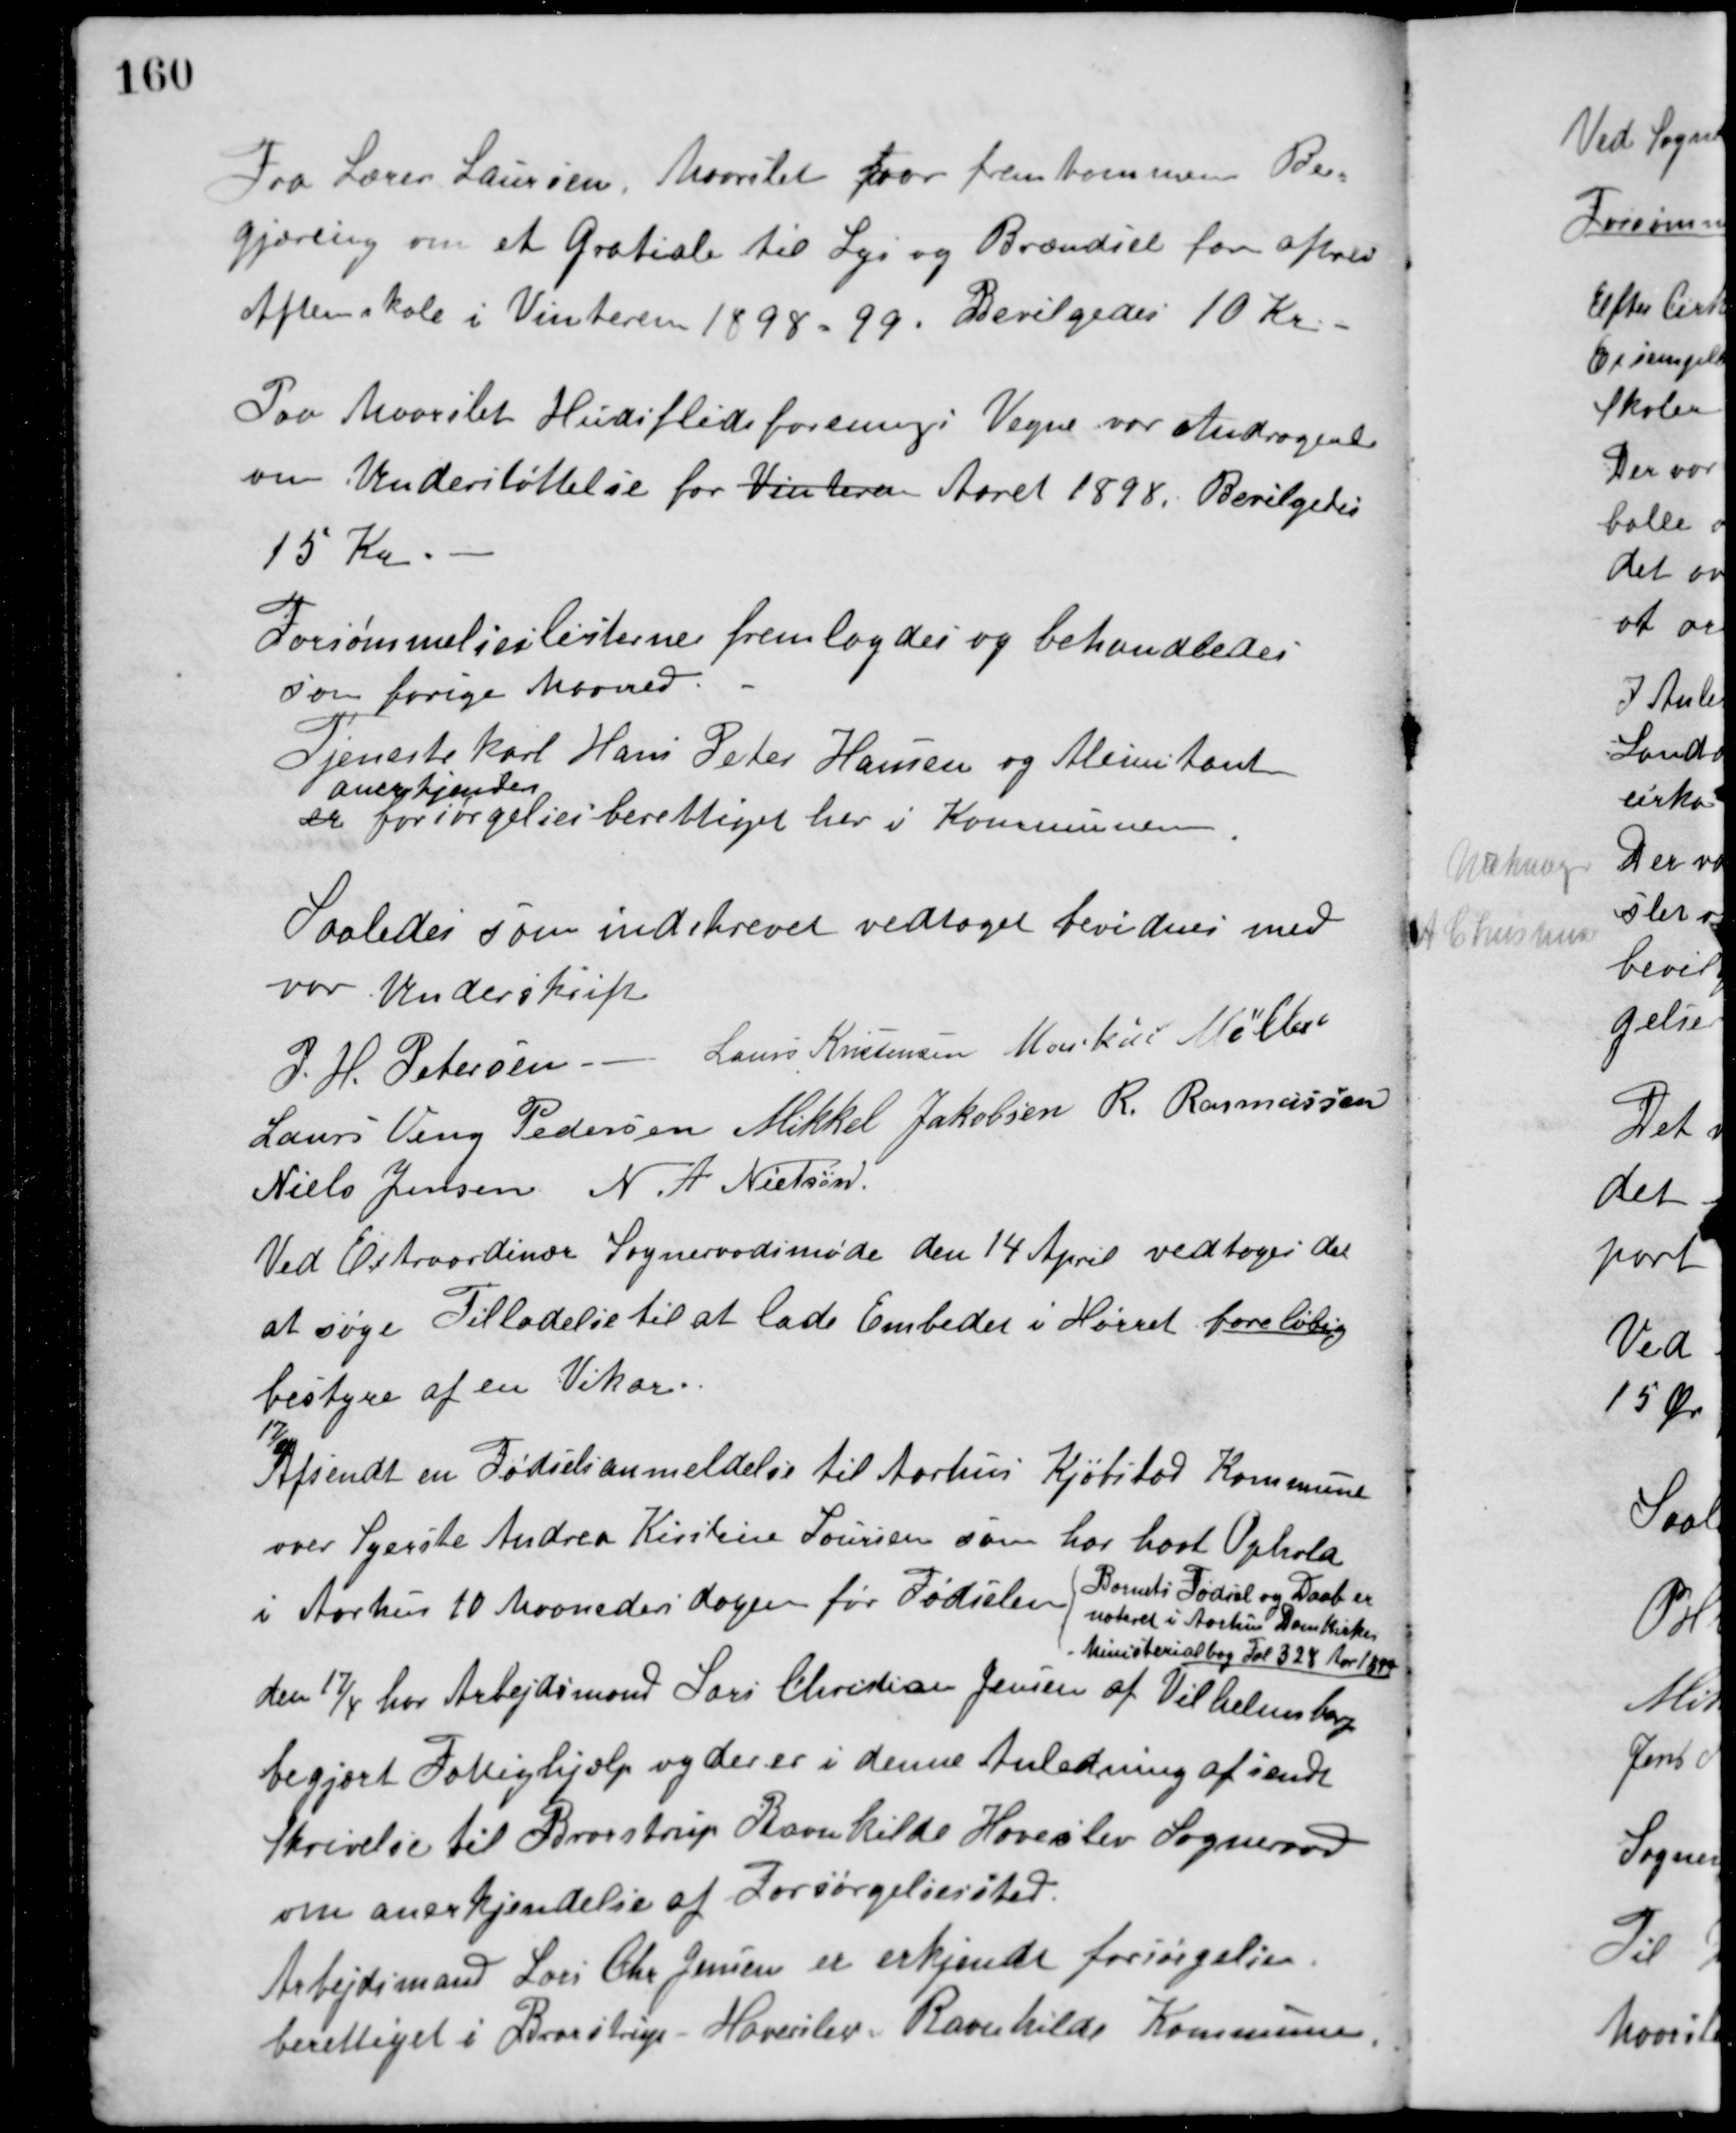
Transskription:
Fra Lærer Laursen, Maarslet var fremkommen Be-
gjæring om et Gratiale til Lys og Brændsel for afhold
Aftenskole i Vinteren 1898-99. Bevilgedes 10 Kr.
Paa Maarslet Husflidsforenings Vegne var Andragende
om Understøttelse for Vinteren Aaret 1898. Bevilgedes
15 Kr.
Forsømmelseslisterne fremlagdes og behandledes
som forige Maaned.
Tjenestekarl Hans Peter Hansen og Alimentant
er
anerkjendes
forsørgelsesberettiget her i Kommunen.
Saaledes som indskrevet vedtaget bevidnes med
vor Underskrift
P. H. Petersen Laurs Kristensen Markus Møller
Laurs Veng Pedersen Mikkel Jakobsen R. Rasmussen
Niels Jensen N. A. Nielsen
Ved Extraordinær Sogneraadsmøde den 14 April vedtoges det
at søge Tilladelse til at lade Embedet i Hørret foreløbig
bestyre af en Vikar.
17/4 Afsendt en Fødselsanmeldelse til Aarhus Kjøbstad Kommune
over Syerske Andrea Kirstine Laursen som har havt Ophold
i Aarhus 10 Maaneders dagen før Fødselen
Barnets Fødsel og Daab er
noteret i Aarhus Domkirkes
Ministerialbog Fol 328 Aar 1899
den 17/4 har Arbejdsmand Lars Christian Jensen af Vilhelmsborg
begjært Fattighjælp og der er i denne Anledning afsendt
Skrivelse til Brorstrup Ravnkilde Haverslev Sogneraad
om anerkjendelse af Forsørgelsessted.
Arbejdsmand Lars Chr. Jensen er erkjendt forsørgelses-
berettiget i Brorstrup-Haverslev-Ravnkilde Kommune.